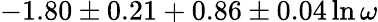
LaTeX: -1.80\pm 0.21+0.86\pm 0.04\ln\omega